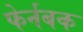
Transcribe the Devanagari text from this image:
फेर्नबक